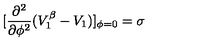
[ \frac { \partial ^ { 2 } } { \partial \phi ^ { 2 } } ( V _ { 1 } ^ { \beta } - V _ { 1 } ) ] _ { \phi = 0 } = \sigma